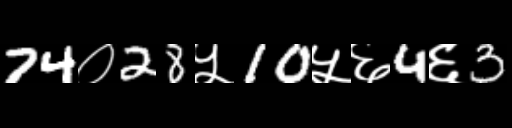
Text: 74०28५10५६4६3